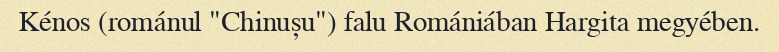
Kénos (románul "Chinușu") falu Romániában Hargita megyében.